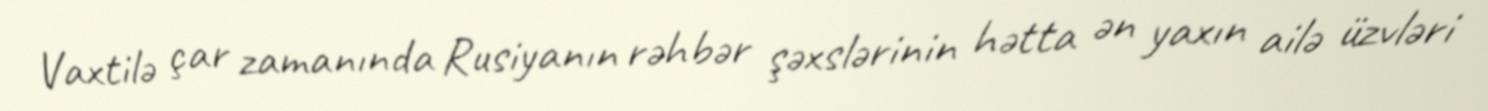
Vaxtilə çar zamanında Rusiyanın rəhbər şəxslərinin hətta ən yaxın ailə üzvləri